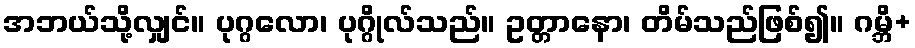
အဘယ်သို့လျှင်။ ပုဂ္ဂလော၊ ပုဂ္ဂိုလ်သည်။ ဥတ္တာနော၊ တိမ်သည်ဖြစ်၍။ ဂမ္ဘိ+